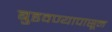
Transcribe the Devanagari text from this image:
बुडवण्यापासून